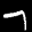
Label: 7